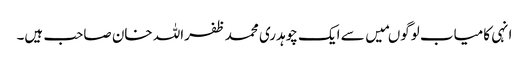
انہی کامیاب لوگوںمیں سے ایک چوہدری محمد ظفراللہ خان صاحب ہیں۔